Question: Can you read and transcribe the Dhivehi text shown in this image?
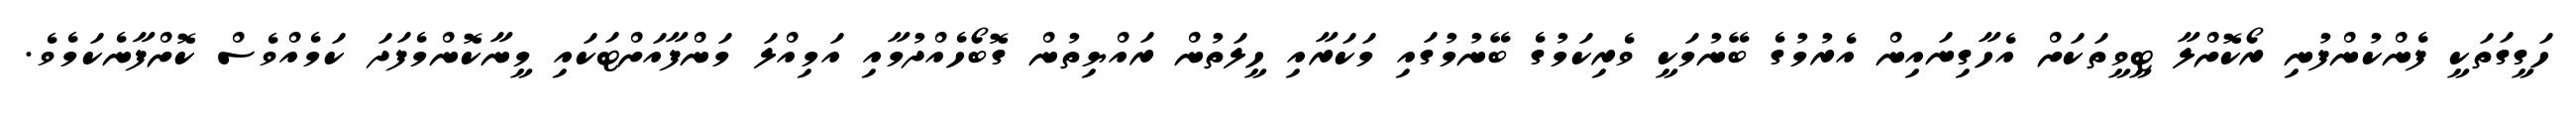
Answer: ހަގީގަތަކީ ފެންކުންފުނި ރޯކޮށްލާ ޓީވީތަކަށް އެހާގިނައިން އެރުމުގެ ބޭނުމަކީ ވެރިކަމުގެ ބޭނުމުގައި މަކަރާއި ހީލަތުން ރައްޔިތުން ގޮބޯހެއްދުމާއި އަމިއްލަ މަންފާއަށްޓަކައި މީނާކޮންމެފަދަ ކަމެއްވެސް ކޮށްފާނެކަމެވެ.